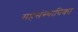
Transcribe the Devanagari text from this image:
सहसंस्थापिका